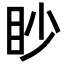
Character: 眇